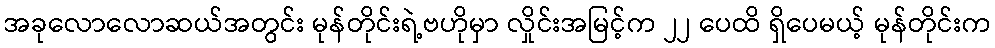
အခုလောလောဆယ်အတွင်း မုန်တိုင်းရဲ့ဗဟိုမှာ လှိုင်းအမြင့်က ၂၂ ပေထိ ရှိပေမယ့် မုန်တိုင်းက